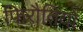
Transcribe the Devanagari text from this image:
फिरौतियों